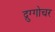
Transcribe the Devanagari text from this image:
द्रुग्गोचर